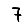
Digit: 7